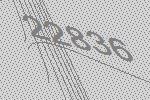
22836